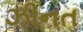
ઝીનત